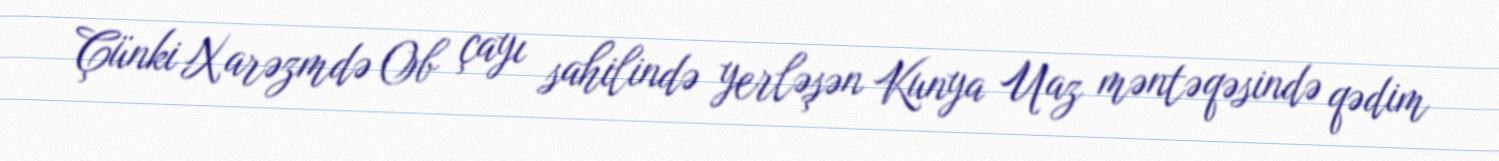
Çünki Xarəzmdə Ob çayı sahilində yerləşən Kunya Uaz məntəqəsində qədim